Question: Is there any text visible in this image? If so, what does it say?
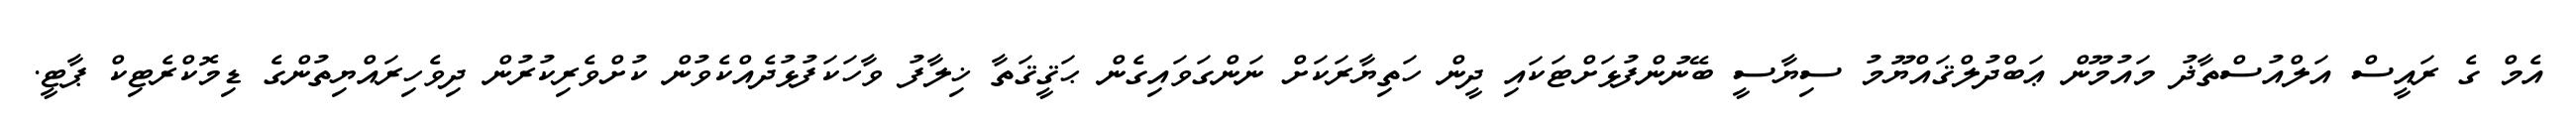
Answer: އެމް ގެ ރައީސް އަލްއުސްތާޛު މައުމޫން ޢަބްދުލްޤައްޔޫމު ސިޔާސީ ބޭނުންފުޅަށްޓަކައި ދީން ހަތިޔާރަކަށް ނަންގަވައިގެން ޙަޤީޤަތާ ޚިލާފު ވާހަކަފުޅުދެއްކެވުން ކުށްވެރިކުރުން ދިވެހިރައްޔިތުންގެ ޑިމޮކްރެޓިކް ޕާޓީ.